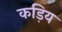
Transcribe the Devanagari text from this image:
कड़िय